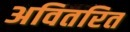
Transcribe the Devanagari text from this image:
अवितरित